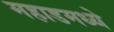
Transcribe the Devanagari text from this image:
महाडमध्ये